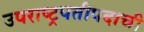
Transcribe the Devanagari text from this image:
उपराष्ट्रपतीपदाची